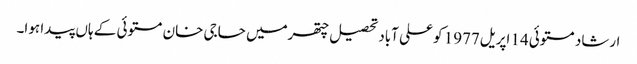
ارشاد مستوئی14 اپریل1977 کو علی آباد تحصیل چتھرمیں حاجی خان مستوئی کے ہاں پیدا ہوا۔